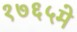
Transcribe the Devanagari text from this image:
१७६५मे